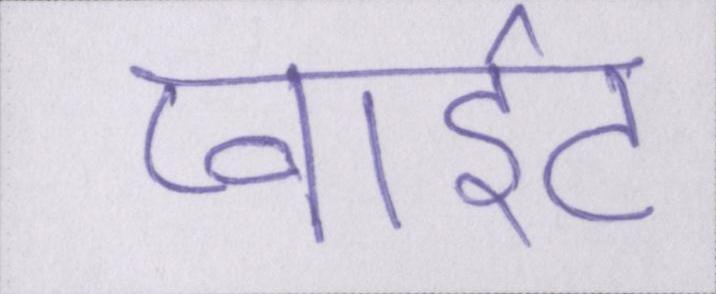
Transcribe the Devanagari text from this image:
प्वाइंट